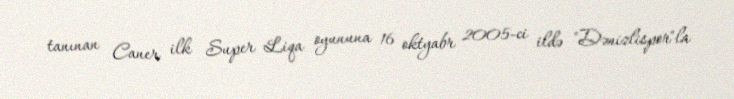
tanınan Caner ilk Super Liqa oyununa 16 oktyabr 2005-ci ildə "Dənizlispor"la